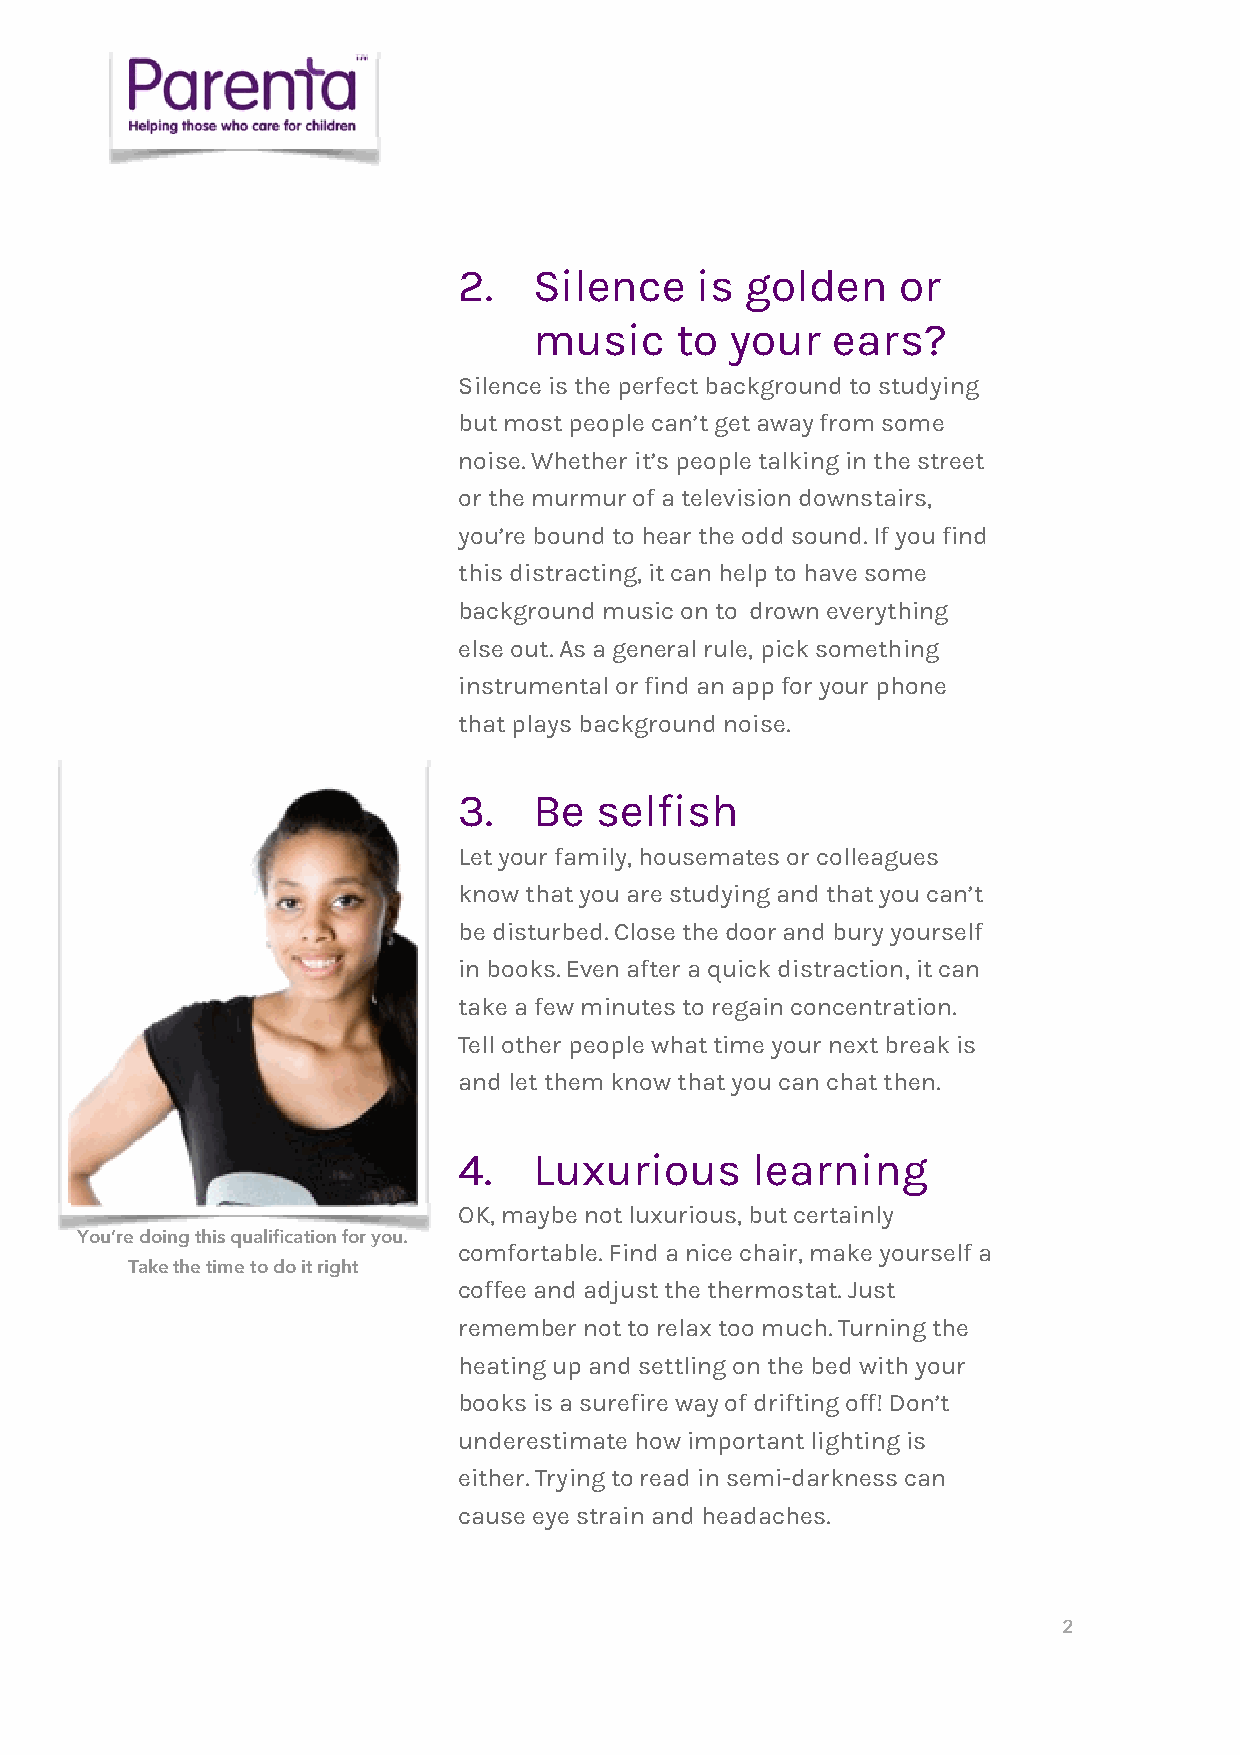
2.   Silence    is golden     or
 music     to your   ears?
 Silence is the perfect background to studying
 but most people can’t get away from some
 noise. Whether it’s people talking in the street
 or the murmur of a television downstairs,
 you’re bound to hear the odd sound. If you find
 this distracting, it can help to have some
 background music on to drown everything
 else out. As a general rule, pick something
 instrumental or find an app for your phone
 that plays background noise.
 3.   Be  selfish
 Let your family, housemates or colleagues
 know that you are studying and that you can’t
 be disturbed. Close the door and bury yourself
 in books. Even after a quick distraction, it can
 take a few minutes to regain concentration.
 Tell other people what time your next break is
 and let them know that you can chat then.
 4.   Luxurious      learning
 OK, maybe not luxurious, but certainly
 You’re doing this qualification for you.
 comfortable. Find a nice chair, make yourself a
 Take the time to do it right
 coffee and adjust the thermostat. Just
 remember not to relax too much. Turning the
 heating up and settling on the bed with your
 books is a surefire way of drifting off! Don’t
 underestimate how important lighting is
 either. Trying to read in semi-darkness can
 cause eye strain and headaches.
 2